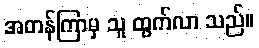
အတန်ကြာမှ သူ ထွက်လာ သည်။